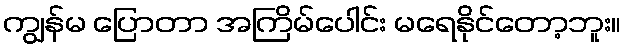
ကျွန်မ ပြောတာ အကြိမ်ပေါင်း မရေနိုင်တော့ဘူး။